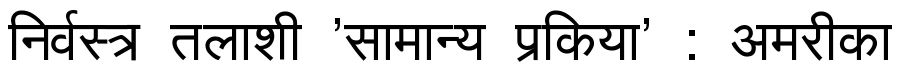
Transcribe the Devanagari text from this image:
निर्वस्त्र तलाशी 'सामान्य प्रकिया' : अमरीका